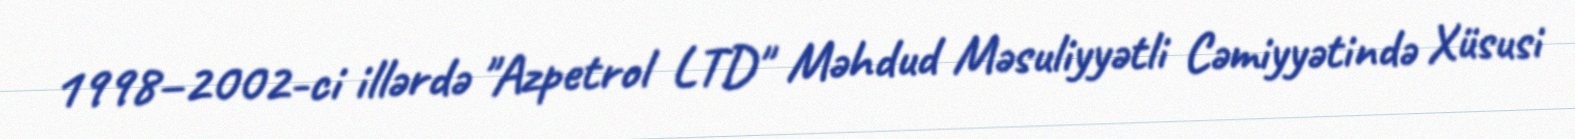
1998–2002-ci illərdə "Azpetrol LTD" Məhdud Məsuliyyətli Cəmiyyətində Xüsusi